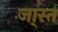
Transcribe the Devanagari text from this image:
जा्स्त